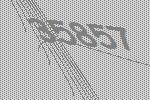
35857